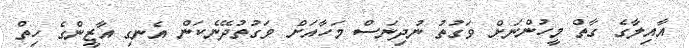
އާއިލާގެ ގާތް މީހުންނަށް ވަގުތު ނުދިނަސް މަހާއަށް ވަގުތުދޭނެކަން އެނގި އާޒީންގެ ހިތް